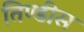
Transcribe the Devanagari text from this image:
तिण्डीस